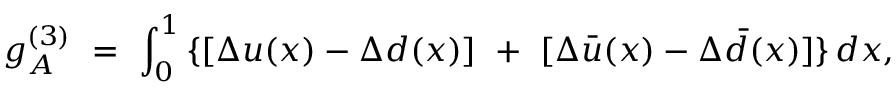
g _ { A } ^ { ( 3 ) } \ = \ \int _ { 0 } ^ { 1 } \, \{ [ \Delta u ( x ) - \Delta d ( x ) ] \ + \ [ \Delta \bar { u } ( x ) - \Delta \bar { d } ( x ) ] \} \, d x ,